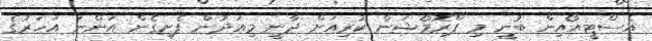
އެސްޓީއޯއިން ބުނީ މި ޕްރޮމޯޝަން ކުރިއަށް ދާނީ މިއަދުން ފެށިގެން އަންނަ އަހަރުގެ